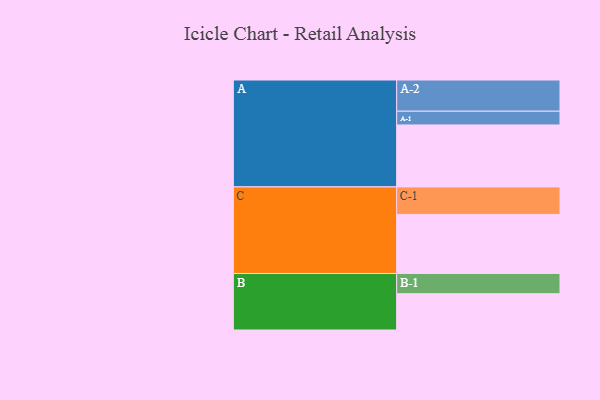
{"axis": {"x": "Segment", "y": "Value"}, "legend": ["", "A", "B", "C"], "data": [{"x": "A", "y": 536, "type": ""}, {"x": "B", "y": 314, "type": ""}, {"x": "C", "y": 511, "type": ""}, {"x": "A-1", "y": 119, "type": "A"}, {"x": "A-2", "y": 270, "type": "A"}, {"x": "B-1", "y": 175, "type": "B"}, {"x": "C-1", "y": 238, "type": "C"}]}